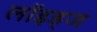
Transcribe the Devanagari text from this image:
लॉइड्ज